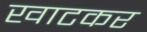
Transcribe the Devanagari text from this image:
खाटकर